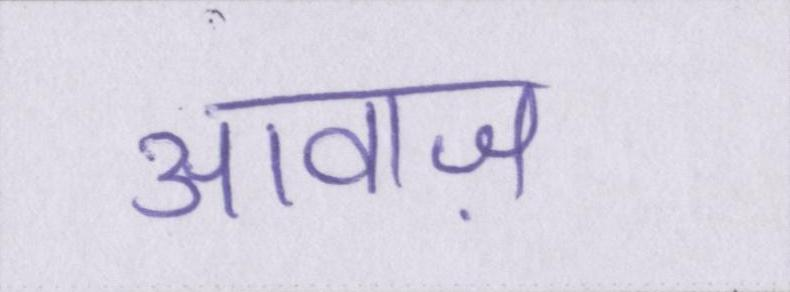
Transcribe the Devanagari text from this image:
आवाज़